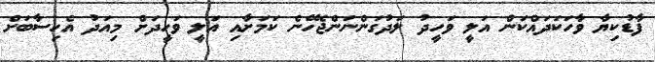
ފާޑުކިޔާ ވާހަކަދައްކަން އަލީ ވަހީދު ލަދުގަންނަންޖެހޭނެ ކަމަށާއި އަލީ ވަހީދަށް މިއަދު އެހިސާބަށް